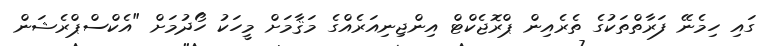
ގައި ހިމެނޭ ފަރާތްތަކުގެ ތެރެއިން ޕްރޮޖެކްޓް އިންޖިނިއަރެއްގެ މަޤާމަށް މީހަކު ހޯދުމަށް "އެކްސްޕްރެޝަން